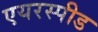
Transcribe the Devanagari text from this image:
एयरस्पीड